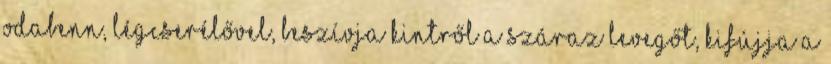
odabenn, légcserélővel, beszívja kintről a száraz levegőt, kifújja a